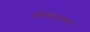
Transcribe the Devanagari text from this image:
आखरावर